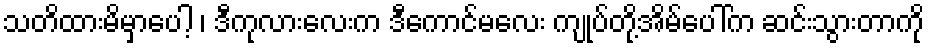
သတိထားမိမှာပေါ့ ၊ ဒီကုလားလေးက ဒီကောင်မလေး ကျုပ်တို့အိမ်ပေါ်က ဆင်းသွားတာကို